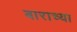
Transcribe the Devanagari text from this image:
बाराच्या